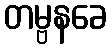
တမ္ဗနခေ